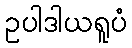
ဥပါဒါယရူပံ